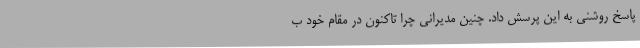
پاسخ روشنی به این پرسش داد. چنین مدیرانی چرا تاکنون در مقام خود ب